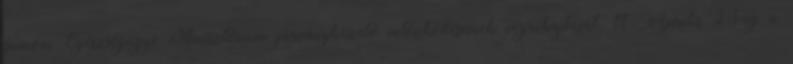
guineai Egészségügyi Minisztérium járványkezelő intézkedéseinek végrehajtását. 11 Április 23-ig a